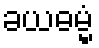
ခယဓမ္မံ